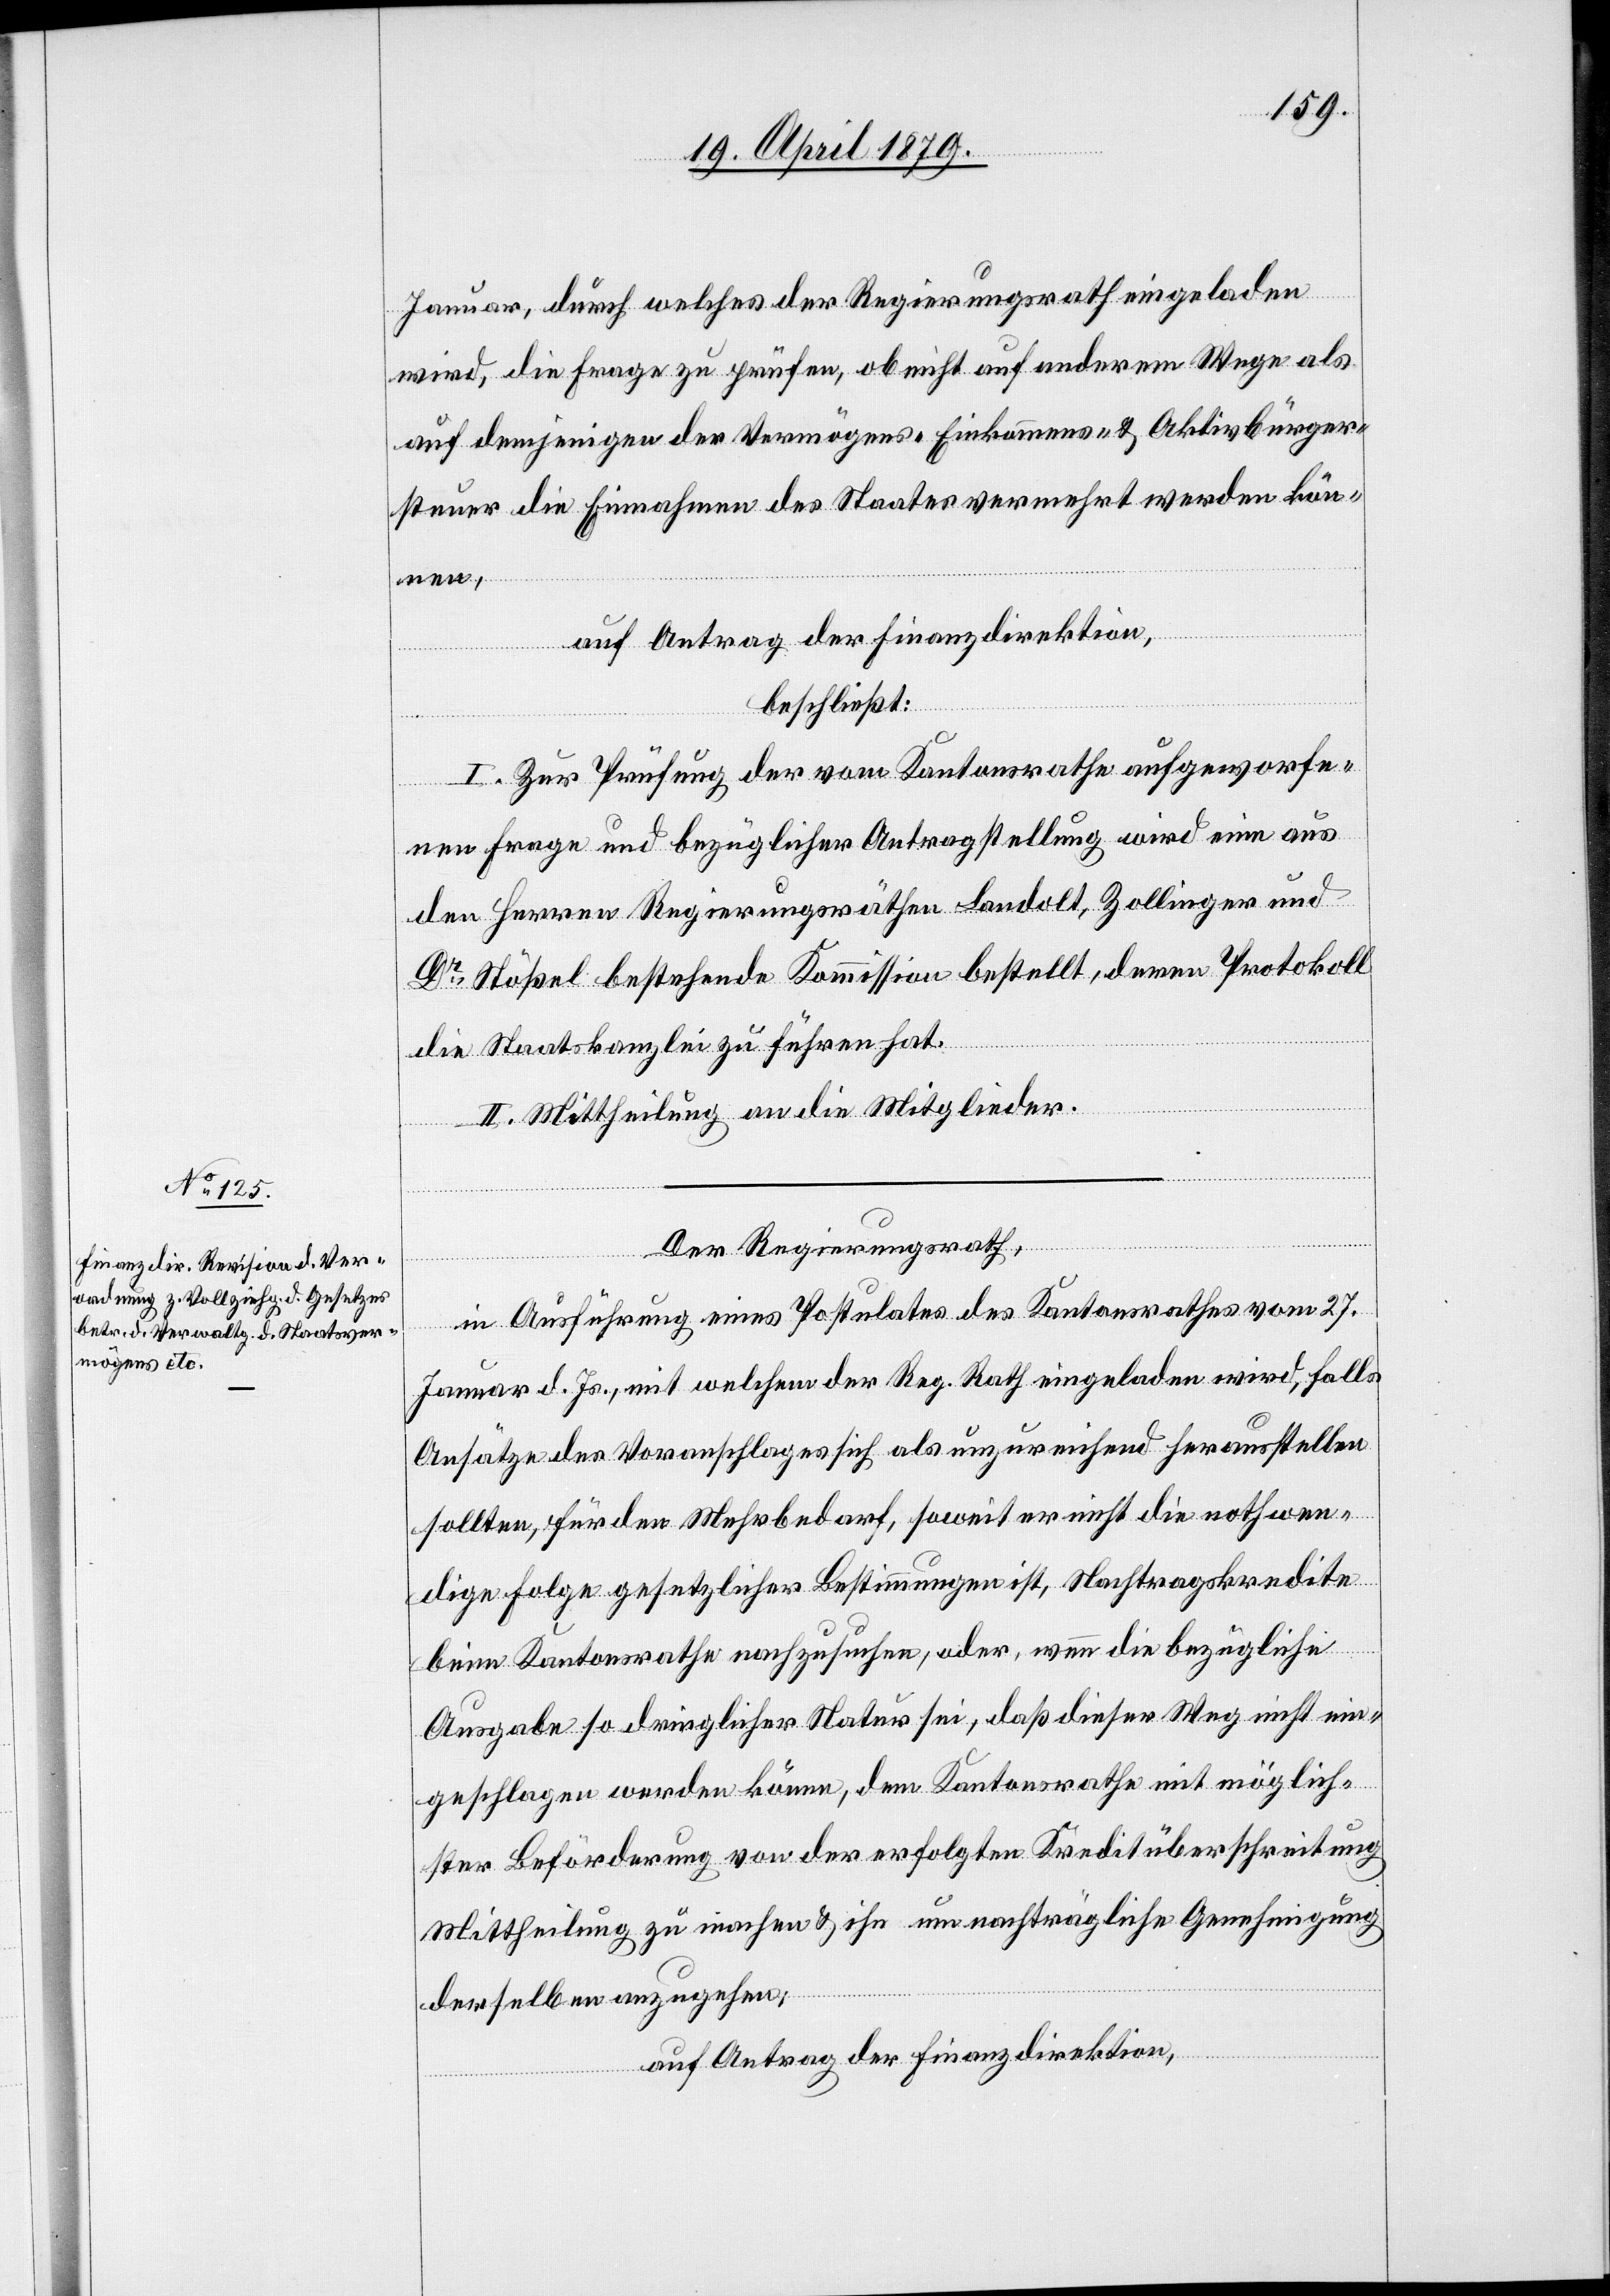
Januar, durch welches der Regierungsrath eingeladen
wird, die Frage zu prüfen, ob nicht auf anderem Wege als
auf demjenigen der Vermögens- Einkommens- & Aktivbürger¬
steuer die Einnahmen des Staates vermehrt werden kön¬
nen,
beschließt:
I. Zur Prüfung der vom Kantonsrathe aufgeworfe¬
nen Frage und bezüglicher Antragstellung wird eine aus
den Herren Regierungsräthen Landolt, Zollinger und
Dr Stößel bestehende Kommission bestellt, deren Protokoll
die Staatskanzlei zu führen hat.
II. Mittheilung an die Mitglieder.
Der Regierungsrath,
in Ausführung eines Postulates des Kantonsrathes vom 27.
Januar d. Js., mit welchem der Reg. Rath eingeladen wird, falls
Ansätze der Voranschlages sich als unzureichend herausstellen
sollten, für den Mehrbedarf, soweit er nicht die nothwen¬
dige Folge gesetzlicher Bestimmungen ist, Nachtragskredite
beim Kantonsrathe nachzusuchen, oder, wenn die bezügliche
Ausgabe so dringlicher Natur sei, daß dieser Weg nicht ein¬
geschlagen werden könne, dem Kantonsrathe mit möglich¬
ster Beförderung von der erfolgten Kreditüberschreitung
Mittheilung zu machen & ihn um nachträgliche Genehmigung
derselben anzugehen;
auf Antrag der Finanzdirektion,